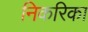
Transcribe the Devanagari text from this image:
निकरिका